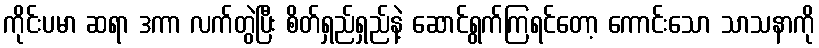
ကိုင်းပမာ ဆရာ ဒကာ လက်တွဲပြီး စိတ်ရှည်ရှည်နဲ့ ဆောင်ရွက်ကြရင်တော့ ကောင်းသော သာသနာကို